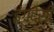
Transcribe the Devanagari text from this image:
इंगदेसी